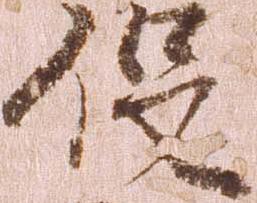
役